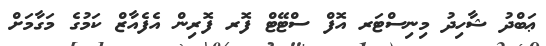
ޢަބްދު ޝާހިދު މިނިސްޓަރ އޮފް ސްޓޭޓް ފޮރ ފޮރިން އެފެއާޒް ކަމުގެ މަގާމަށް